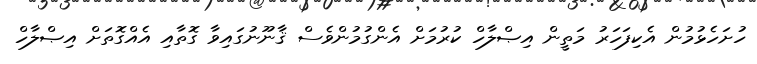
ހުށަހެޅުމުން އެކިފަހަރު މަތީން އިޞްލާހް ކުރުމަށް އެންގުމުންވެސް ޤާނޫނުގައިވާ ގޮތާއި އެއްގޮތަށް އިޞްލާހް